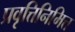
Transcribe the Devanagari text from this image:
प्रवृत्तिनिमित्त